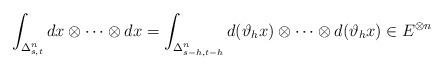
LaTeX: \begin{align*}\int_{\Delta^n_{s,t}} dx \otimes \cdots \otimes dx = \int_{\Delta^n_{s-h,t-h}} d(\vartheta_h x) \otimes \cdots \otimes d(\vartheta_h x) \in E^{\otimes n}\end{align*}